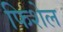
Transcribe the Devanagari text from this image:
फिशेल